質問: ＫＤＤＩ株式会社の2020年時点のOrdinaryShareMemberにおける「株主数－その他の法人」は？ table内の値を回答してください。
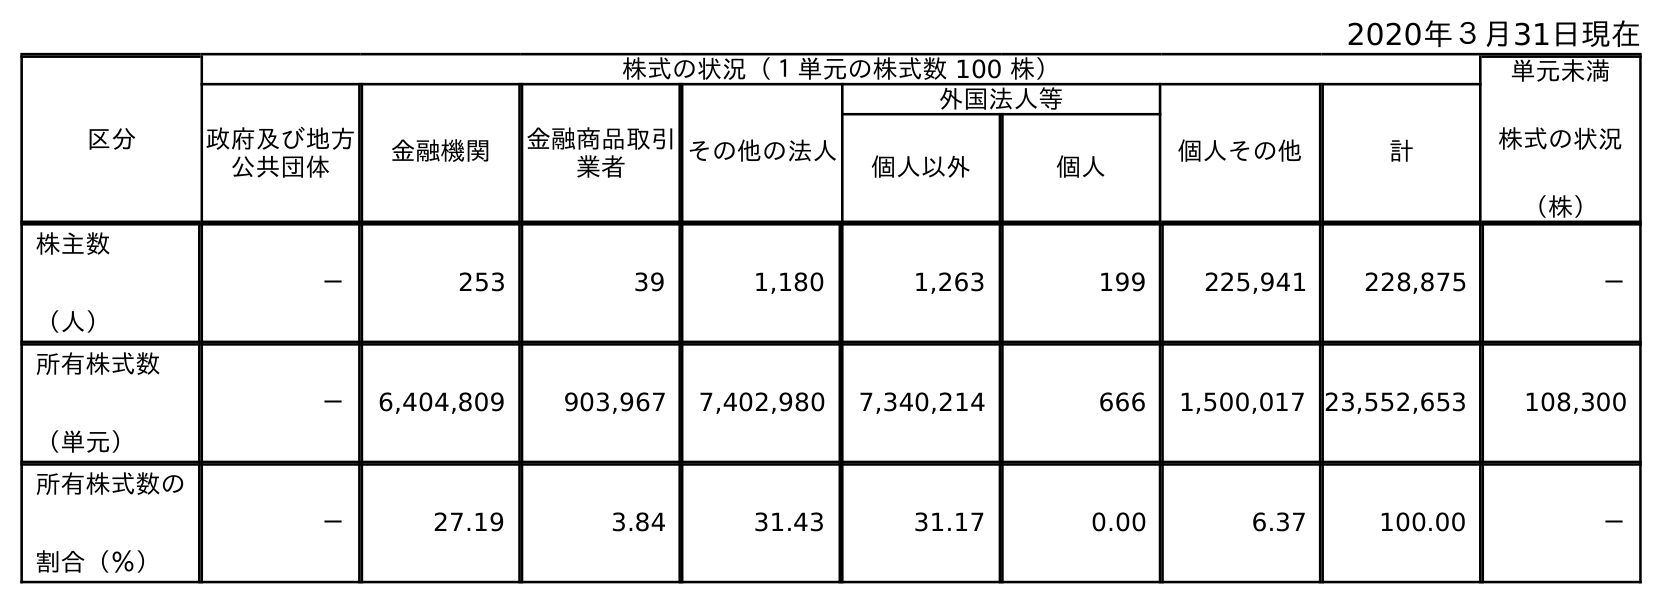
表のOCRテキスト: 2020年３月31日現在 区分 株式の状況（１単元の株式数 100 株） 単元未満 株式の状況 （株） 政府及び地方 公共団体 金融機関 金融商品取引 業者 その他の法人 外国法人等 個人その他 計 個人以外 個人 株主数 （人） － 253 39 1,180 1,263 199 225,941 228,875 － 所有株式数 （単元） － 6,404,809 903,967 7,402,980 7,340,214 666 1,500,017 23,552,653 108,300 所有株式数の 割合（％） － 27.19 3.84 31.43 31.17 0.00 6.37 100.00 －
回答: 1,180